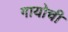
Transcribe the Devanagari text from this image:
गायोची